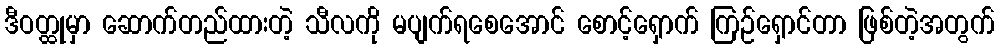
ဒီဝတ္ထုမှာ ဆောက်တည်ထားတဲ့ သီလကို မပျက်ရစေအောင် စောင့်ရှောက် ကြဉ်ရှောင်တာ ဖြစ်တဲ့အတွက်